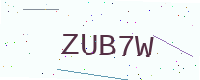
Text: ZUB7W